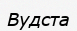
Вудста